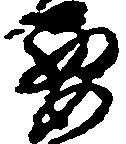
要